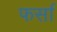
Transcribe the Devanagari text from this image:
फर्सा